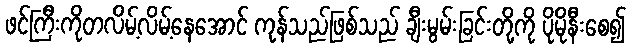
ဖင်ကြီးကိုတလိမ့်လိမ့်နေအောင် ကုန်သည်ဖြစ်သည် ချီးမွမ်းခြင်းတို့ကို ပိုမိုနီးစေ၍